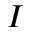
I